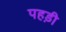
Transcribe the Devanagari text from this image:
पहड़ी